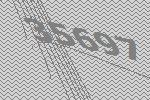
35697